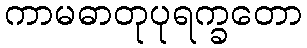
ကာမဓာတုပုရက္ခတော